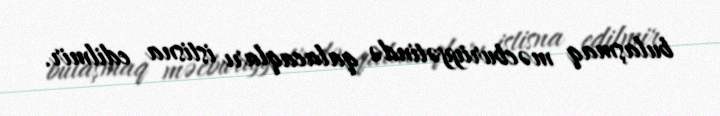
bulaşmaq məcburiyyətində qalacaqları istisna edilmir.